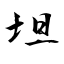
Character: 坦